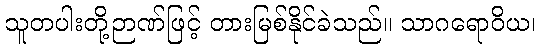
သူတပါးတို့ဉာဏ်ဖြင့် တားမြစ်နိုင်ခဲသည်။ သာဂရောဝိယ၊